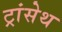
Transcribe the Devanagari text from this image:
ट्रांसेथ